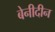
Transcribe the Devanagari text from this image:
बेनीदीन